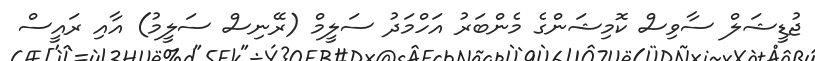
ޖުޑީޝަލް ސާވިސް ކޮމިޝަންގެ މެންބަރު އަހްމަދު ސަލީމް (ރޭނިސް ސަލީމު) އާއި ރައީސް